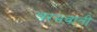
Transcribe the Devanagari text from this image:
चरमवाती